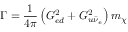
\Gamma = \frac 1 { 4 \pi } \left( G _ { e d } ^ { 2 } + G _ { u \bar { \nu } _ { e } } ^ { 2 } \right) m _ { \chi }